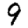
Digit: 9